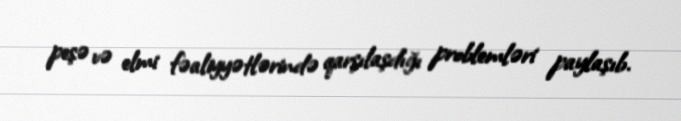
peşə və elmi fəaliyyətlərində qarşılaşdığı problemləri paylaşıb.